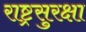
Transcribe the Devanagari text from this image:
राष्ट्रसुरक्षा